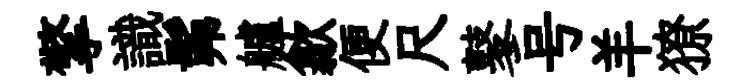
擎識髴艫歙便尺鼕号羊獠